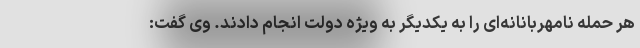
هر حمله نامهربانانه‌ای را به یکدیگر به ویژه دولت انجام دادند. وی گفت: